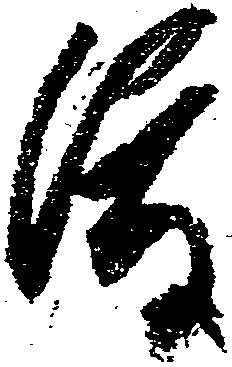
渡